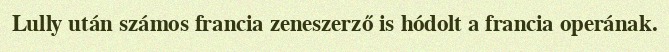
Lully után számos francia zeneszerző is hódolt a francia operának.